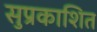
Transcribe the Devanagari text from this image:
सुप्रकाशित